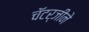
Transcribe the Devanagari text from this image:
चॅटर्जीने